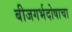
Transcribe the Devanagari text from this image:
बीजगर्भदोषाचा